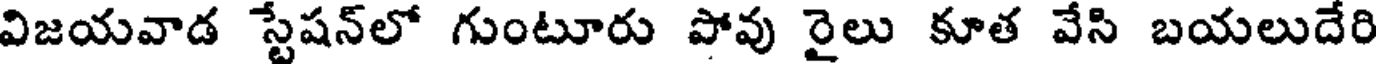
విజయవాడ స్టేషన్లో గుంటూరు పోవు రైలు కూత వేసి బయలుదేరి